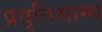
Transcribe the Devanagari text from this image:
प्रवृत्तिसाम्य